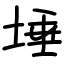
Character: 埵